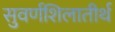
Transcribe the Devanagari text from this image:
सुवर्णशिलातीर्थ